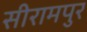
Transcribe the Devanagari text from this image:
सीरामपुर